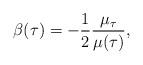
LaTeX: \begin{align*} \beta(\tau) = - \frac{1}{2} \frac{\mu_\tau}{\mu(\tau)},\end{align*}